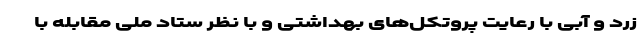
زرد و آبی با رعایت پروتکل‌های بهداشتی و با نظر ستاد ملی مقابله با